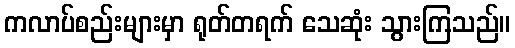
ကလာပ်စည်းများမှာ ရုတ်တရက် သေဆုံး သွားကြသည်။